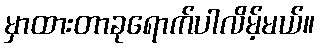
မှာထားတာခုရောက်ပါလိမ့်မယ်။